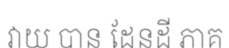
វាយ បាន ដែនដី ភាគ